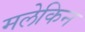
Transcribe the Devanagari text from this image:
मलेकिन